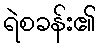
ရဲစခန်း၏